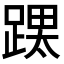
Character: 𮛳